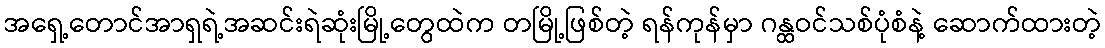
အရှေ့တောင်အာရှရဲ့အဆင်းရဲဆုံးမြို့တွေထဲက တမြို့ဖြစ်တဲ့ ရန်ကုန်မှာ ဂန္ထဝင်သစ်ပုံစံနဲ့ ဆောက်ထားတဲ့